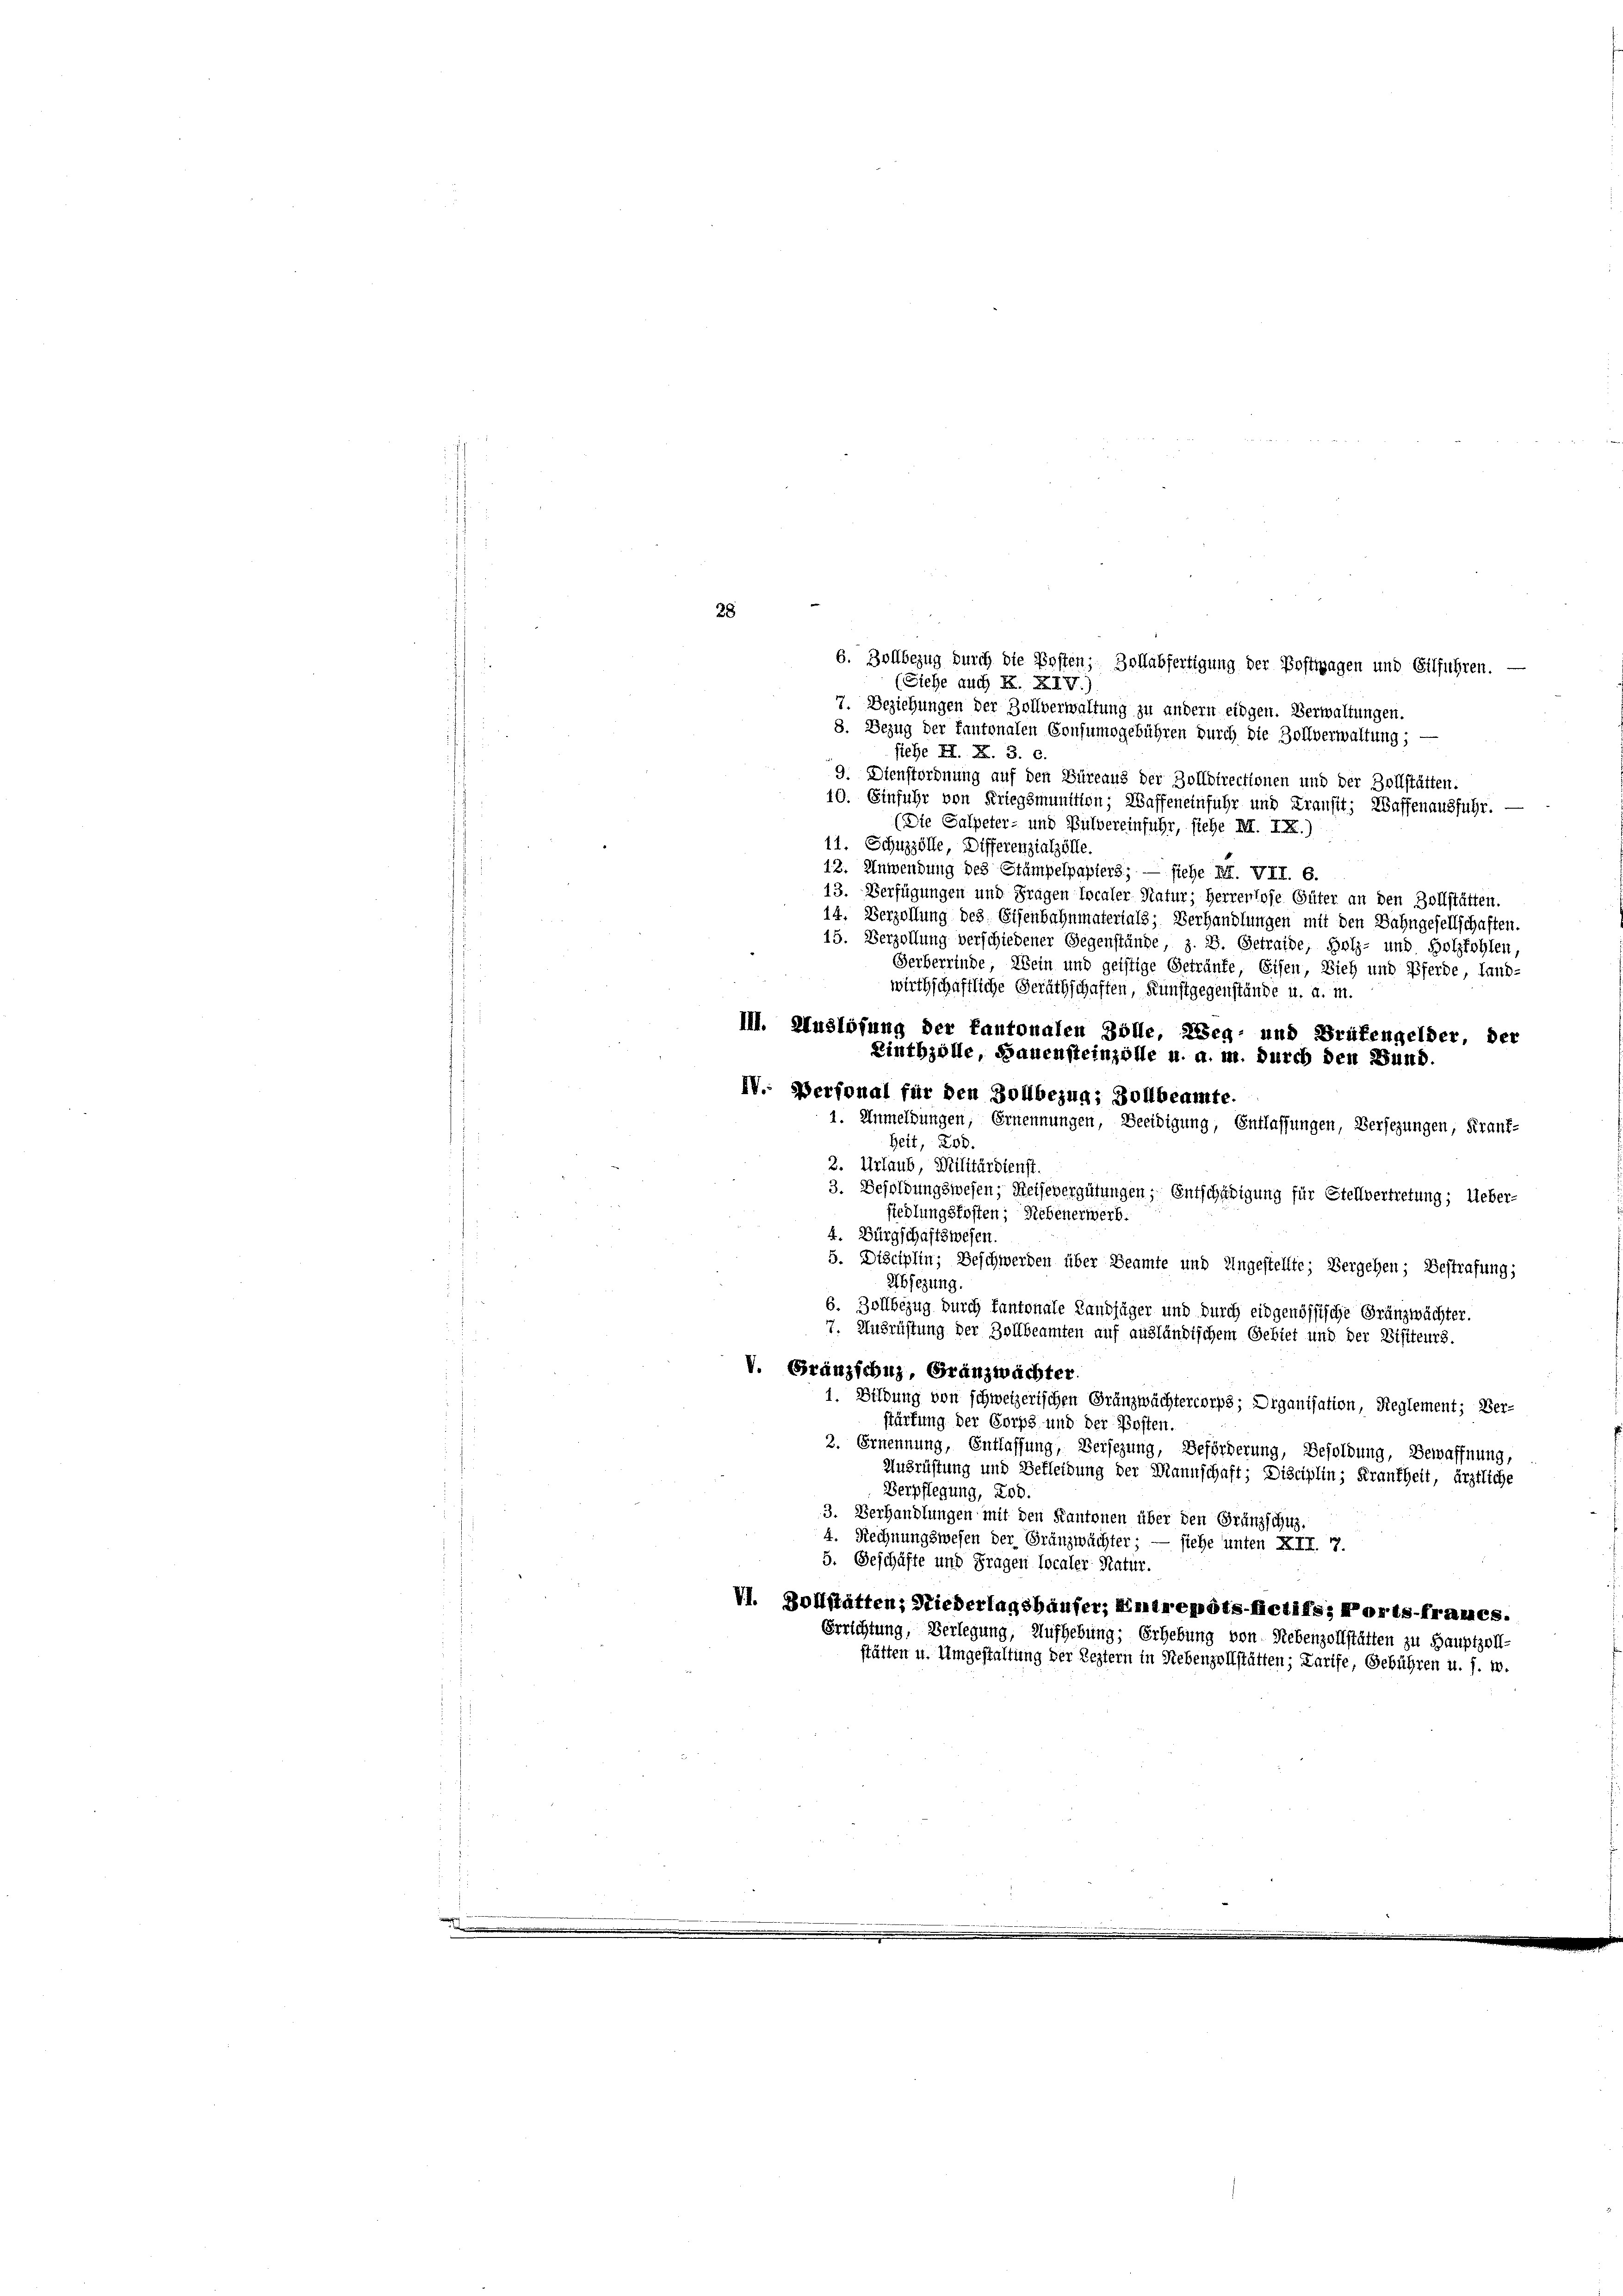
28
6. Zollbezug durch die Posten; Zollabfertigung der Postwagen und Eilführen.
(Siehe auch K. XIV.)
7. Beziehungen der Zollverwaltung zu andern eidgen. Verwaltungen.
8. Bezug der Kantonalen Consumsgebühren durch die Zollverwaltung;
siehe H. X. 3. c.
9. Dienstordnung auf den Büreaus der Zolldirectionen und der Zollstätten.
10. Einfuhr von Kriegsmunition; Waffeneinfuhr und Kransit; Waffen ausfuhr.
(Die Salpeter- und Bulvereinfuhr, siehe M. IX.)
11. Schuzzölle, Differenzialzölle.
12. Anwendung des Stampelpapiers; — siehe M. VII. 6.
13. Verfügungen und Fragen Localer Natur; Herrenlose Güter an den Zollstätten.
14. Verzollung des Eisenbahnmaterials; Verhandlungen mit den Bahngesellschaften.
15. Verzollung verschiedener Gegenstände, z. B. Getraide, Holz- und Holzfohlen,
Herberrinde, Wein und geistige Getränke, Eisen, Vieh und Pferde, land-
wirthschaftliche Geräthschaften, Kunstgegenstände u. a. m.
III. Auslösung der Pantonalen Zolle, Weg- und Brufengelder, der
Rinthzolle, Bauensteinzölle u. a. m. durch den Bund.
IV.: Personal für den Zollbezug; Zollbeamte.
1. Anmeldungen, Ernennungen, Beeidigung, Entlassungen, Versezungen, Krank-
heit, Erd.
2. Urlaub, Militärdienst.
3. Besoldungswesen, Reisevergütungen, Entschädigung für Stellvertretung; Ueber-
siedlungskosten; Rebenerwerb.
4. Bürgschaftswesen.
5. Disciplin; Beschwerden über Beamte und Ungestellte; Vergehen; Bestrafung;
Abfezung.
6. Zollbezug durch kantonale Landjäger und durch eidgenössische Gränzwächter.
7. Ausrüstung der Zollbeamten auf ausländischem Gebiet und der Visiteurs.
V. Gränzschuz, Granzwächter.
1. Bildung von schweizerischen Gränzwächtercorps; Diganisation, Reglement; Ver-
stürfung der Corps und der Posten.
2. Ernennung, Entlassung, Versezung, Beförderung, Besoldung, Bewaffnung,
Ausrüstung und Bekleidung der Mannschaft; Disciplin; Frankheit, ärztliche
Verpflegung, Rob.
3. Verhandlungen mit den Kantonen über den Gränzschuz.
4. Rechnungswesen der Gränzwächter; — siehe unten XII. 7.
5. Geschäfte und Fragen localer Natur.
VI. Vollstätten, Niederlagshaufer, Eintrepots-fictifs, Ports-frames.
Errichtung, Verlegung, Aufhebung: Erhebung
von Nebenzollstätten zu Hauptzoll-
stätten u. Umgestaltung der Leztern in Rebenzollstätten; Larife, Gebühren u. s. w.